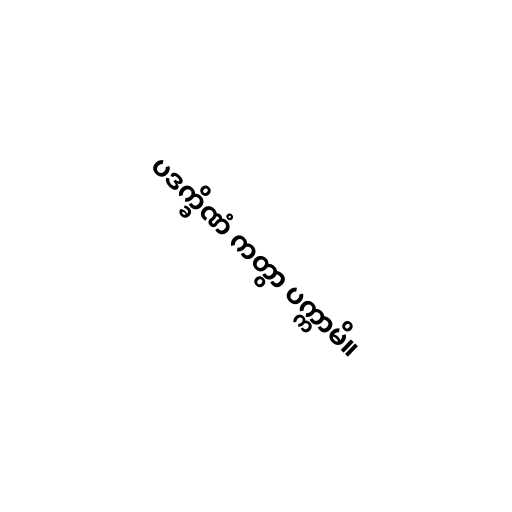
ပဒက္ခိဏံ ကတွာ ပက္ကာမိ။